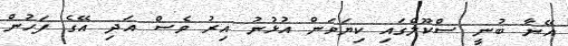
އޭނާ ބުނީ ސްކޫލްގައި ކިޔަވަން އުޅުނު އިރު ވެސް އަދި އޭގެ ފަހުން